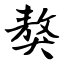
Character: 獒